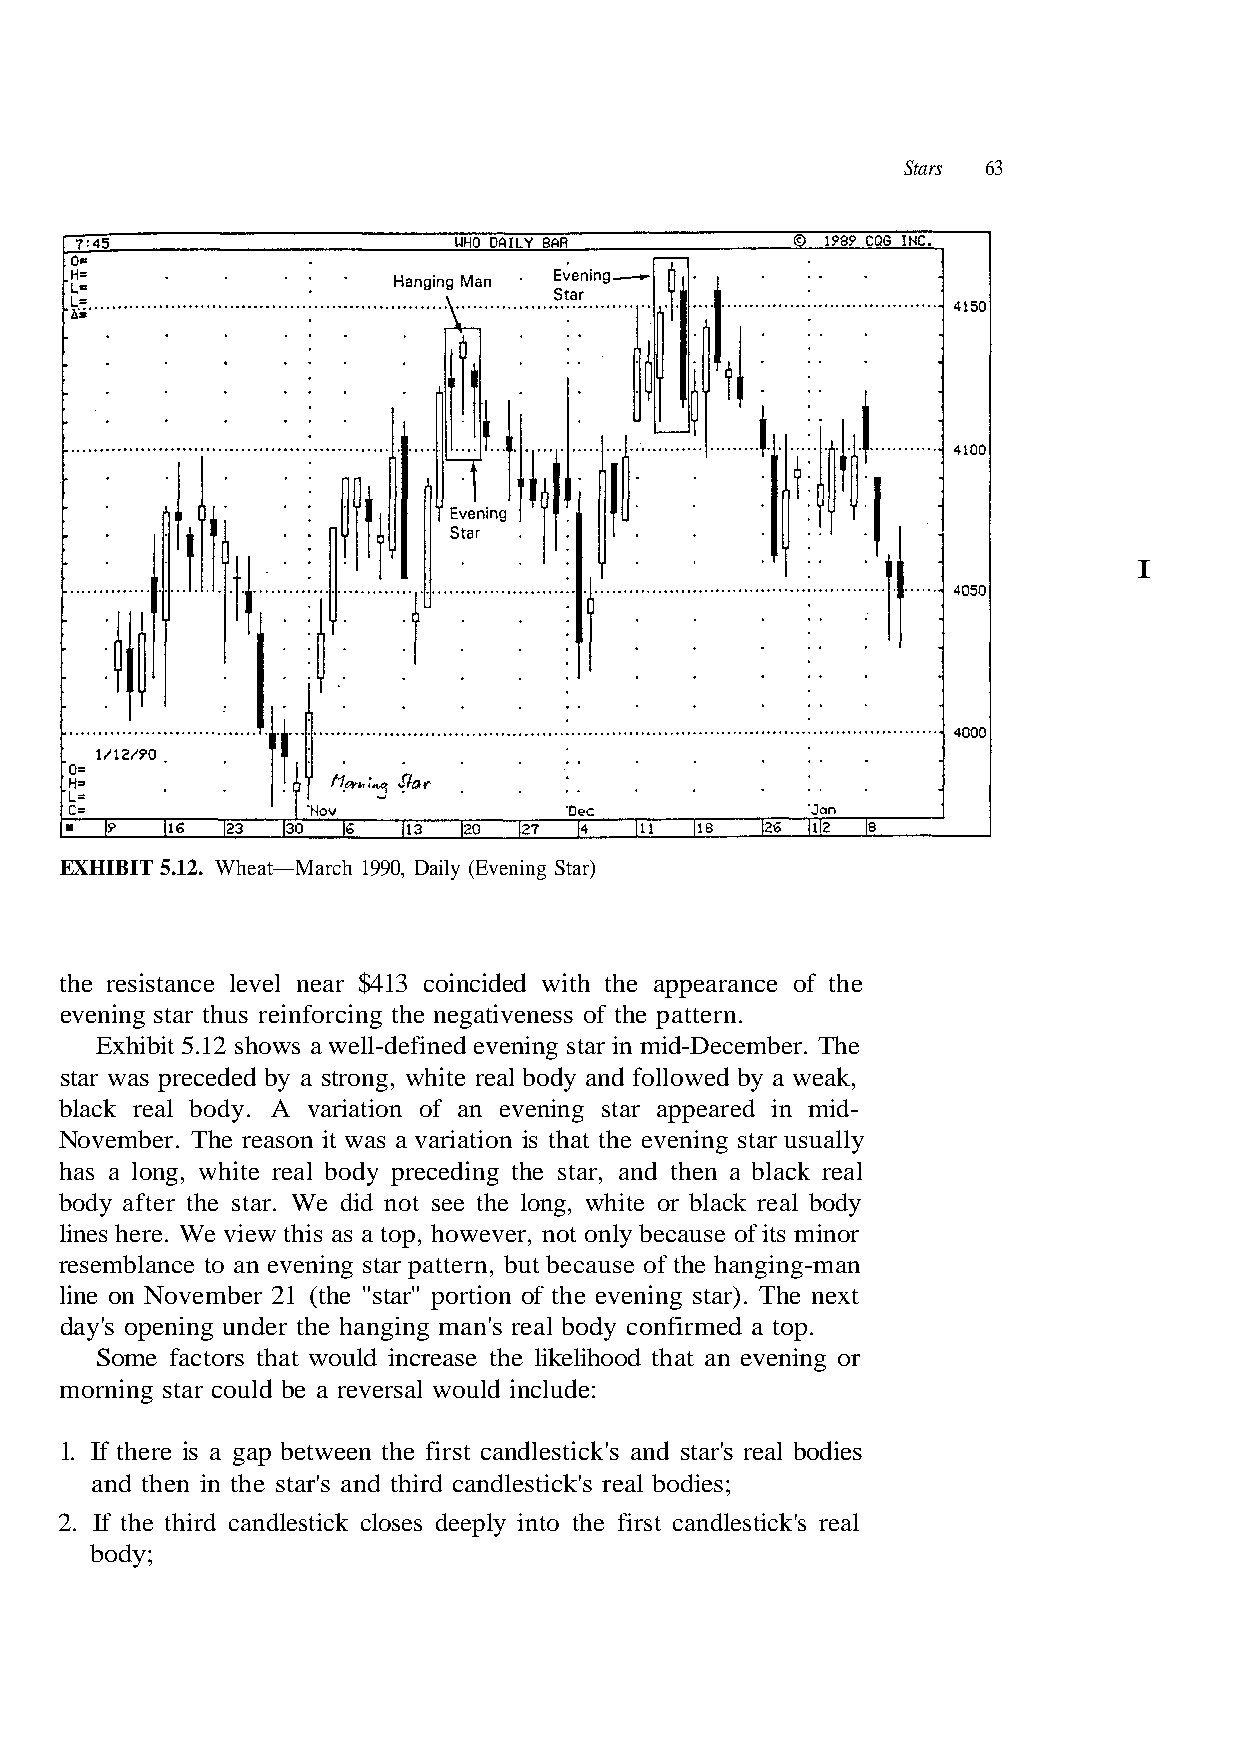
Stars 63
 I
 EXHIBIT 5.12. Wheat—March 1990, Daily (Evening Star)
 the resistance level near $413 coincided with the appearance of the
 evening star thus reinforcing the negativeness of the pattern.
 Exhibit 5.12 shows a well-defined evening star in mid-December. The
 star was preceded by a strong, white real body and followed by a weak,
 black real body. A variation of an evening star appeared in mid-
 November. The reason it was a variation is that the evening star usually
 has a long, white real body preceding the star, and then a black real
 body after the star. We did not see the long, white or black real body
 resemblance to an evening star pattern, but because of the hanging-man
 day's opening under the hanging man's real body confirmed a top.
 Some factors that would increase the likelihood that an evening or
 1. If there is a gap between the first candlestick's and star's real bodies
 and then in the star's and third candlestick's real bodies;
 2. If the third candlestick closes deeply into the first candlestick's real
 body;
 t x e n e h T . ) r a t s g n i n e v e
 r o
 e
 n
 h
 i m
 t
 s
 f
 of it
 o
 e
 n
 aus
 tio
 de:
 c
 r
 u
 be
 o
 cl
 y
 p
 n
 onl
 "
 d i
 ot
 ar
 ul
 n
 t
 o
 r,
 "s
 w
 eve
 e
 al
 w
 h
 s
 ho
 (t
 ver
 as a top,
 er 21
 be a re
 his
 mb
 ld
 t
 u
 w
 e
 o
 e
 v
 c
 vi
 o
 r
 e
 N
 a
 W
 t s
 e.
 n
 g
 r
 o
 n
 e
 i
 h
 n
 s
 e
 r
 e
 n
 o
 n
 i
 m
 li
 l